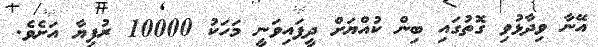
އޭނާ ވިދާޅުވި ގޮތުގައި ބިން ކުއްޔަށް ދީފައިވަނީ މަހަކު 10000 ރުފިޔާ އަށެވެ.